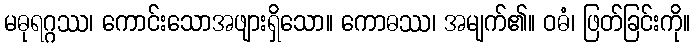
မဓုရဂ္ဂဿ၊ ကောင်းသောအဖျားရှိသော။ ကောဓဿ၊ အမျက်၏။ ဝဓံ၊ ဖြတ်ခြင်းကို။